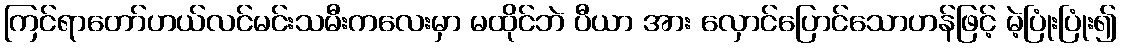
ကြင်ရာတော်ဟယ်လင်မင်းသမီးကလေးမှာ မထိုင်ဘဲ ပီယာ အား လှောင်ပြောင်သောဟန်ဖြင့် မဲ့ပြုံးပြုံး၍